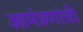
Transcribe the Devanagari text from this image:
आमंत्रणांची